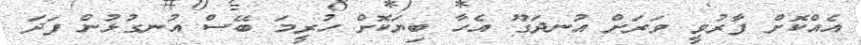
އެއްކޮށް ފާރުވީ ވަރަށް އުނދަގޫ އެހާ ބިޔަކޮށް ހުރީމަ ބޭސް އުނގުޅުން ފަދަ